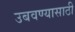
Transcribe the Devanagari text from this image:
उबवण्यासाठी